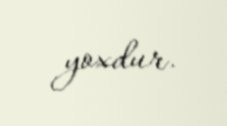
yoxdur.